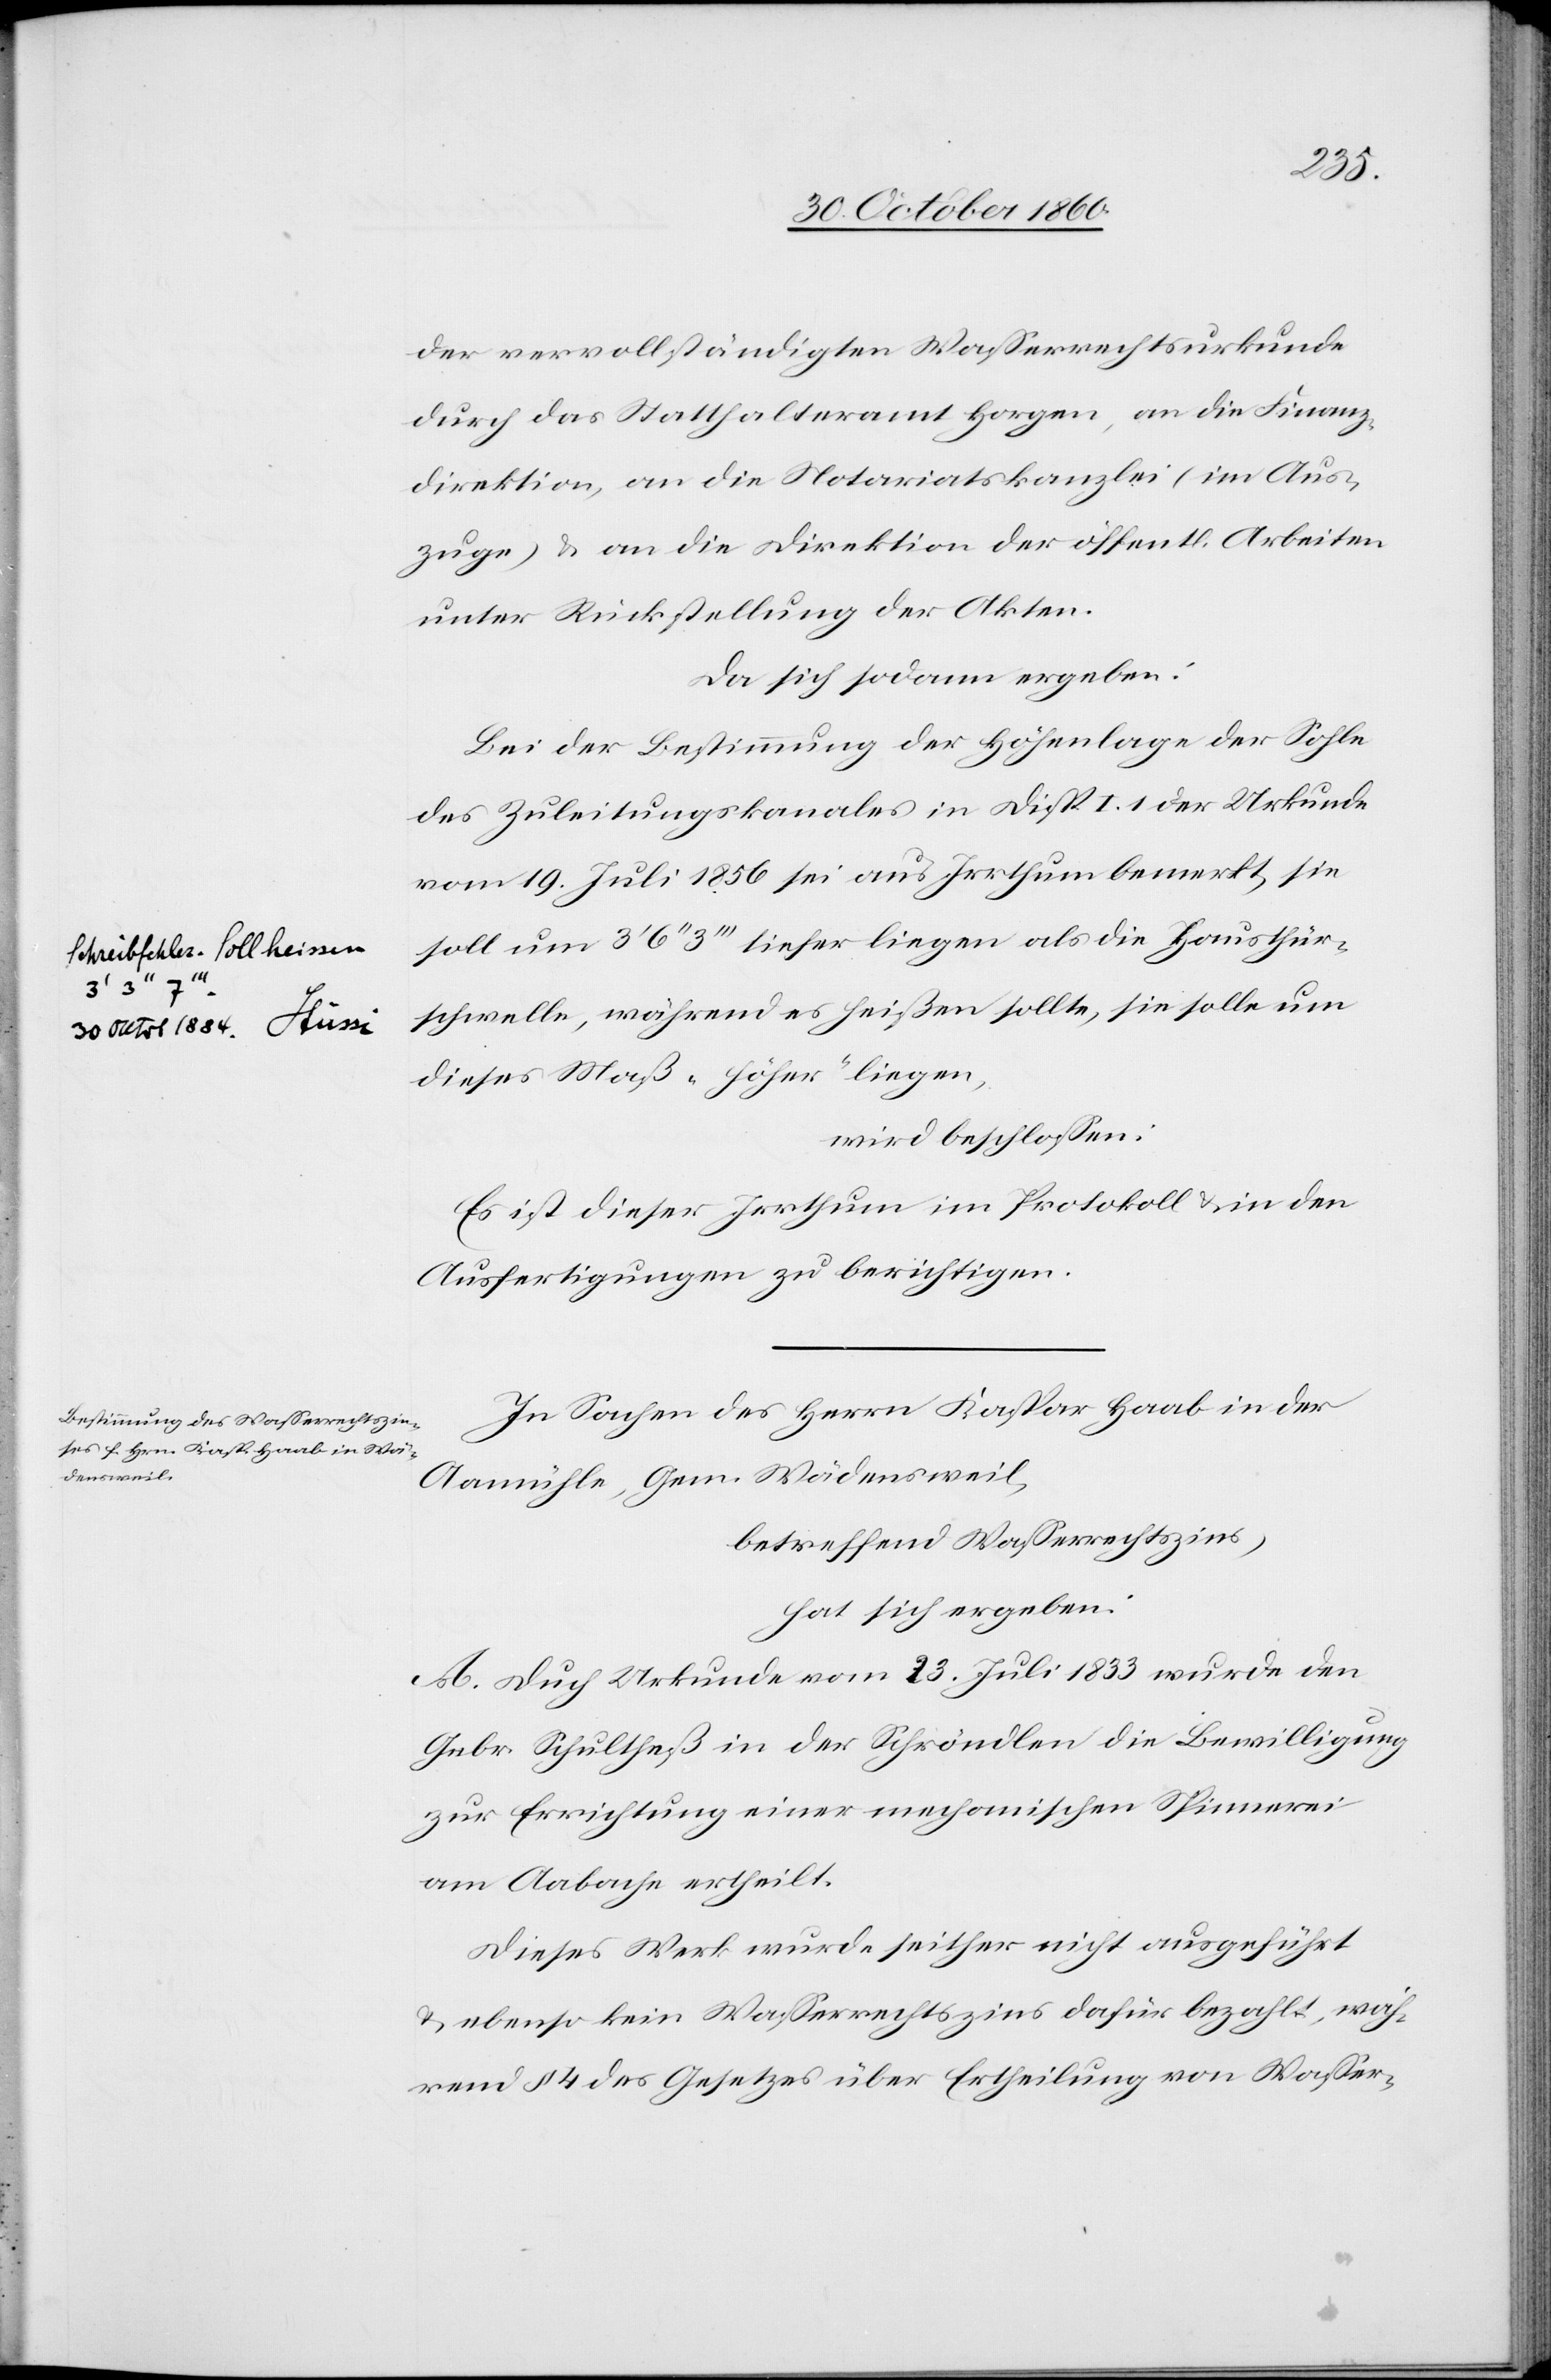
Schreibfehler. soll heissen
Stüssi -a

30 Octob 1884.
der vervollständigten Wasserrechturkunde
durch das Statthalteramt Horgen, an die Finanz¬
direktion, an die Notariatskanzlei (im Aus¬
zuge) u . an die Direktion der öffentl. Arbeiten
unter Rückstellung der Akten.
Da sich sodann ergeben:
Bei der Bestimmung der Höhenlage der Sohle
des Zuleitungskanales in Disp. I 1 der Urkunde
vom 19. Juli 1856 sei aus Irrthum bemerkt, sie
soll um 3’ 6’’ 3’’’ tiefer liegen als die Hausthür¬
schwelle, während es heißen sollte, sie solle um
dieses Maß „höher“ liegen,
wird beschlossen:
Es ist dieser Irrthum im Protokoll u. in den
Ausfertigungen zu berichtigen.
In Sachen des Herrn Kaspar Haab in der
Aamühle, Gem. Wädensweil,
betreffend Wasserrechtszins,
hat sich ergeben:
A. Durch Urkunde vom 23. Juli 1833 wurde den
Gebr. Schultheß in der Schröndlen die Bewilligung
zur Errichtung einer mechanischen Spinnerei
am Aabache ertheilt.
Dieses Werk wurde seither nicht ausgeführt
u. ebenso kein Wasserrechtszins dafür bezahlt, wäh¬
rend § 4 des Gesetzes über Ertheilung von Wasser-